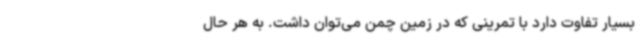
بسیار تفاوت دارد با تمرینی که در زمین چمن می‌توان داشت. به هر حال